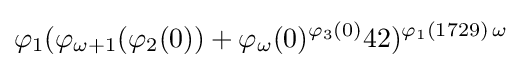
\varphi _{1}(\varphi _{\omega +1}(\varphi _{2}(0))+\varphi _{\omega }(0)^{\varphi _{3}(0)}42)^{\varphi _{1}(1729)\,\omega }